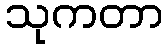
သုကတာ